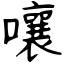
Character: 嚷